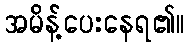
အမိန့်ပေးနေရ၏။